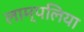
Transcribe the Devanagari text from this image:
लाम्पलिया